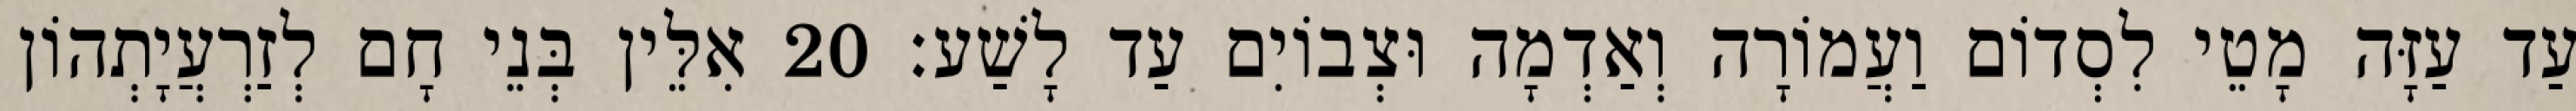
עַד עַזָּה מָטֵי לִסְדוֹם וַעֲמוֹרָה וְאַדְמָה וּצְבוֹיִם עַד לָשַׁע׃ 20 אִלֵּין בְּנֵי חָם לְזַרְעֲיָתְהוֹן